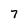
Character: 7